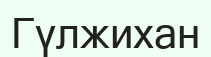
Гүлжихан